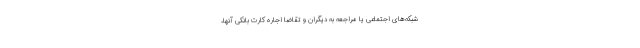
شبکه‌های اجتماعی یا مراجعه به دیگران و تقاضا اجاره کارت بانکی آنها،